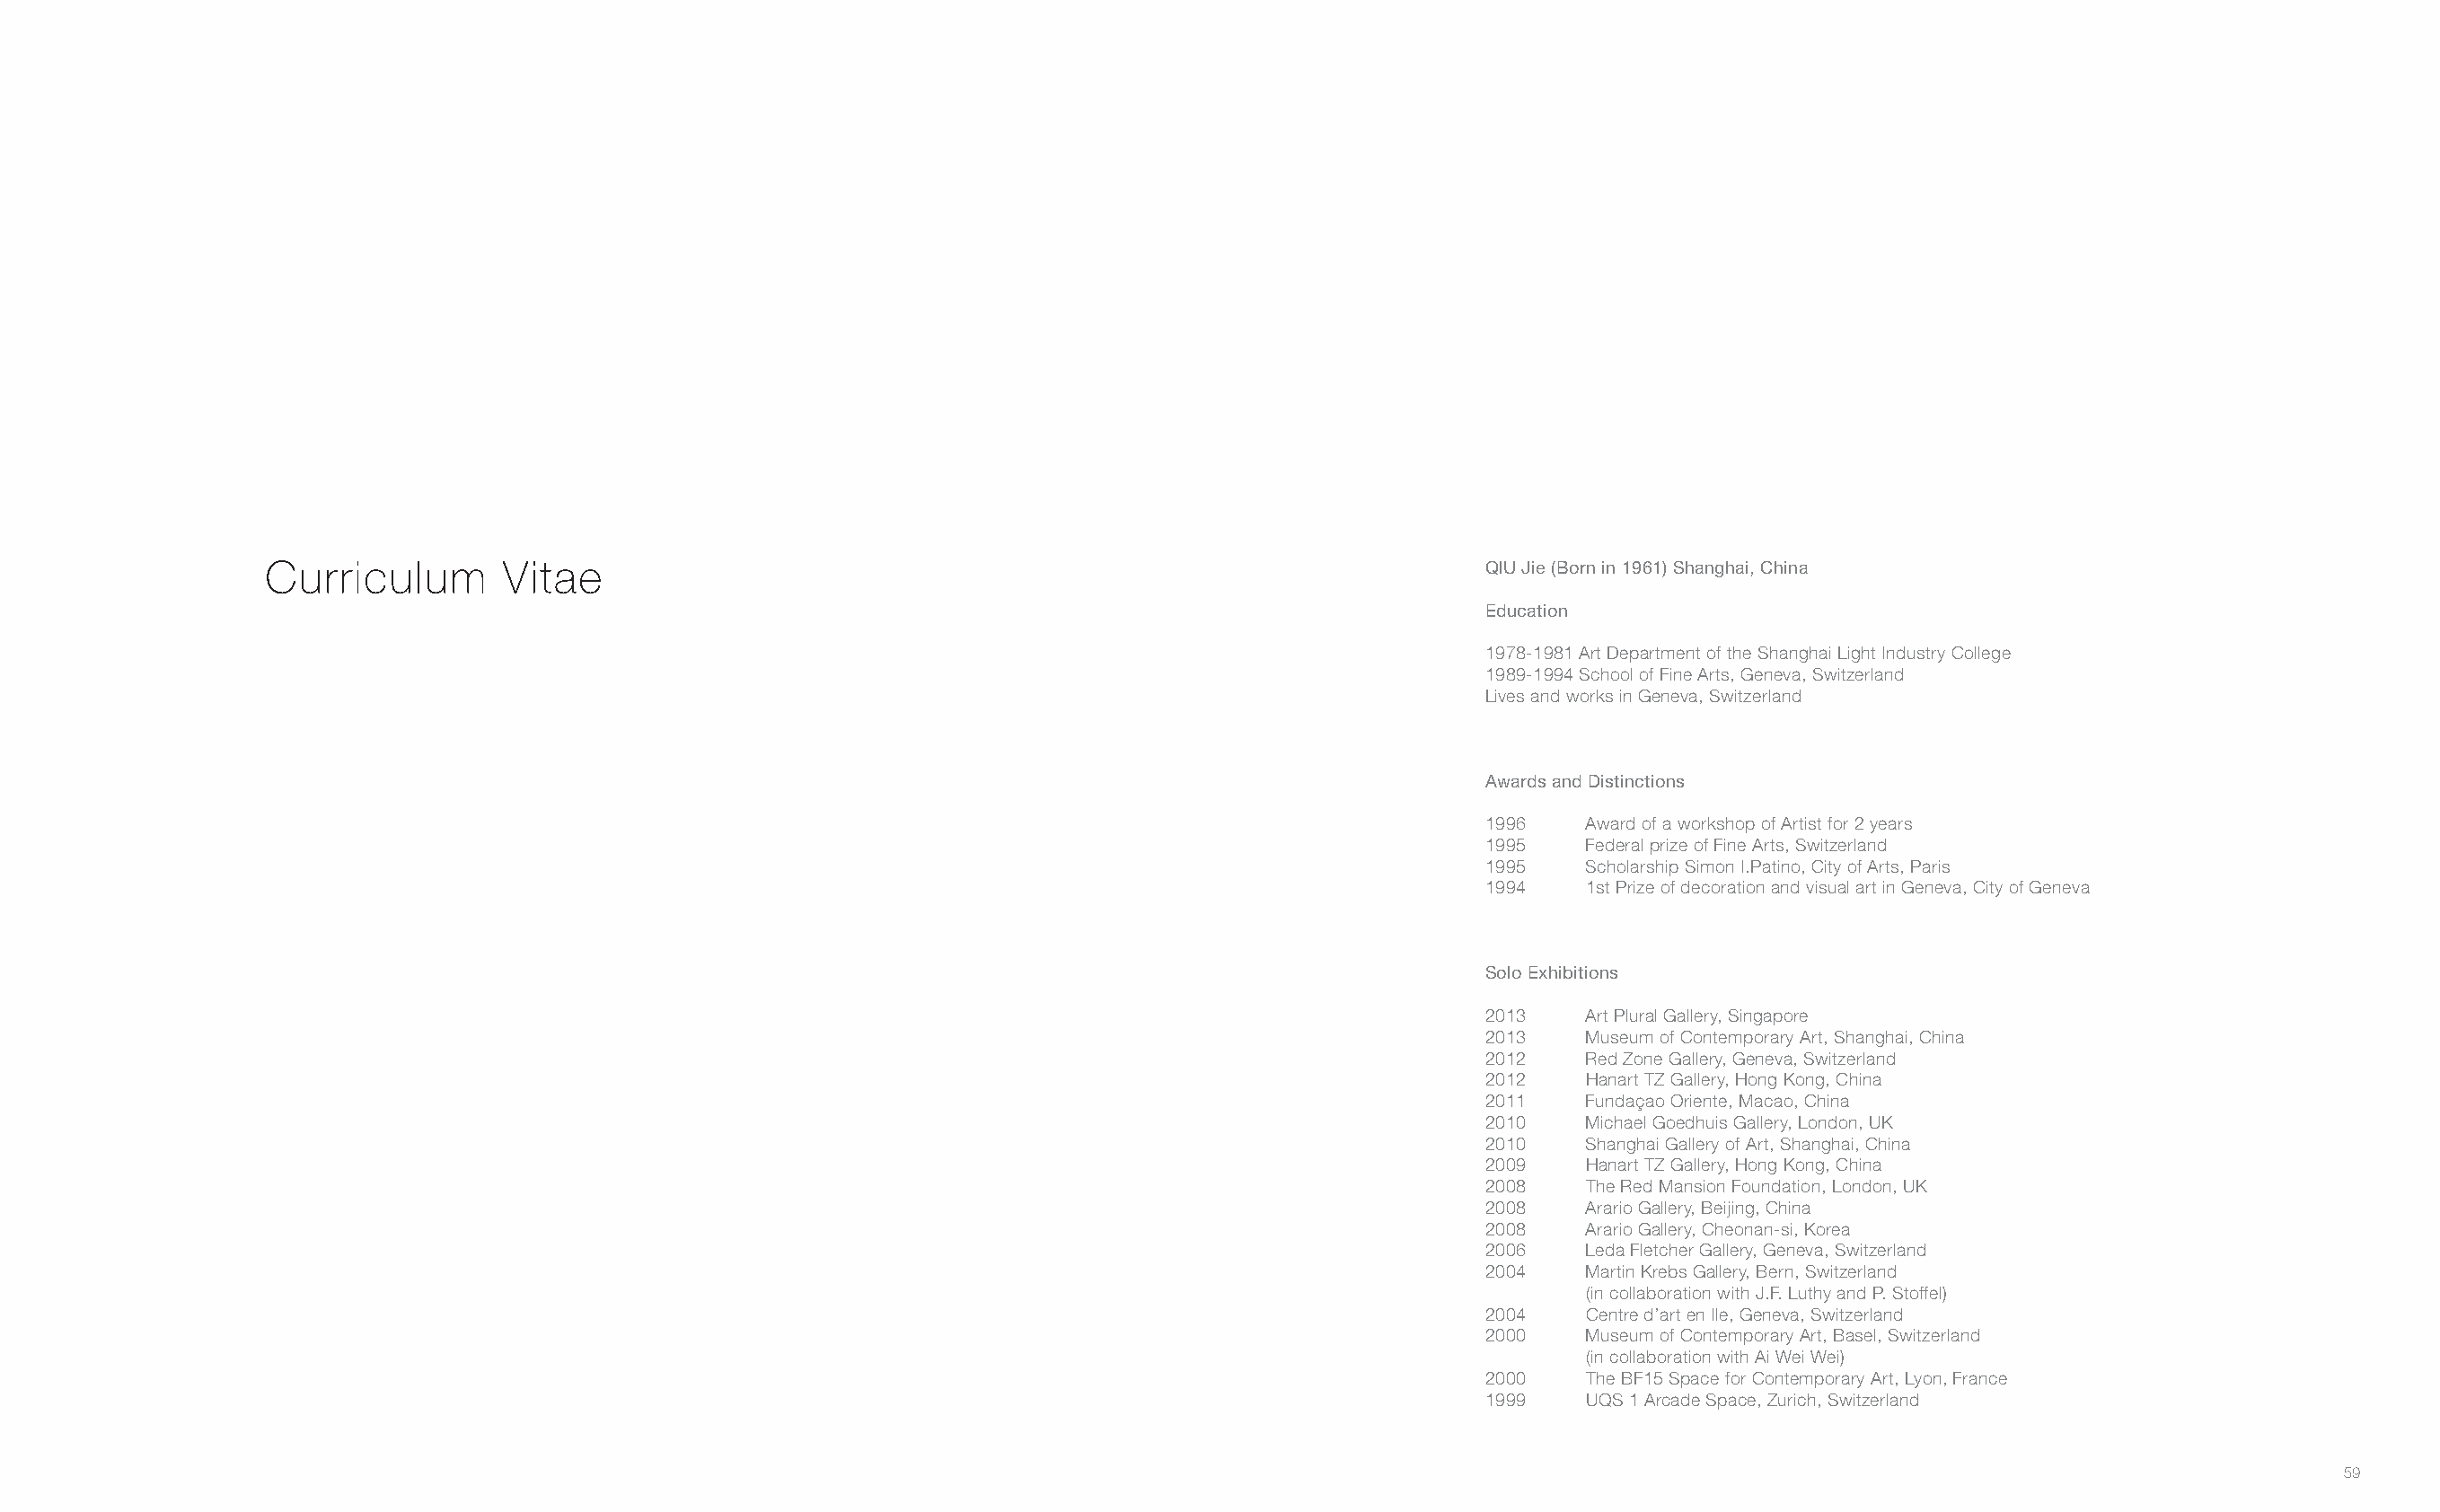
Curriculum       Vitae                                                                   QIU Jie (Born in 1961) Shanghai, China
 Education
 1978-1981 Art Department of the Shanghai Light Industry College
 1989-1994 School of Fine Arts, Geneva, Switzerland
 Lives and works in Geneva, Switzerland
 Awards and Distinctions
 1996    Award of a workshop of Artist for 2 years
 1995    Federal prize of Fine Arts, Switzerland
 1995    Scholarship Simon I.Patino, City of Arts, Paris
 1994    1st Prize of decoration and visual art in Geneva, City of Geneva
 Solo Exhibitions
 2013    Art Plural Gallery, Singapore
 2013    Museum of Contemporary Art, Shanghai, China
 2012    Red Zone Gallery, Geneva, Switzerland
 2012    Hanart TZ Gallery, Hong Kong, China
 2011    Fundaçao Oriente, Macao, China
 2010    Michael Goedhuis Gallery, London, UK
 2010    Shanghai Gallery of Art, Shanghai, China
 2009    Hanart TZ Gallery, Hong Kong, China
 2008    The Red Mansion Foundation, London, UK
 2008    Arario Gallery, Beijing, China
 2008    Arario Gallery, Cheonan-si, Korea
 2006    Leda Fletcher Gallery, Geneva, Switzerland
 2004    Martin Krebs Gallery, Bern, Switzerland
 (in collaboration with J.F. Luthy and P. Stoffel)
 2004    Centre d’art en Ile, Geneva, Switzerland
 2000    Museum of Contemporary Art, Basel, Switzerland
 (in collaboration with Ai Wei Wei)
 2000    The BF15 Space for Contemporary Art, Lyon, France
 1999    UQS 1 Arcade Space, Zurich, Switzerland
 59